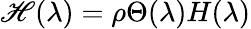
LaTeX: \mathscr{H}(\lambda)=\rho\Theta(\lambda)H(\lambda)